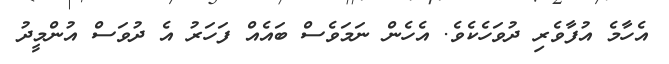
އެހާމެ އުފާވެރި ދުވަހެކެވެ. އެހެން ނަމަވެސް ބައެއް ފަހަރު އެ ދުވަސް އުންމީދު